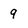
Character: 9